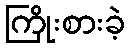
ကြိုးစားခဲ့